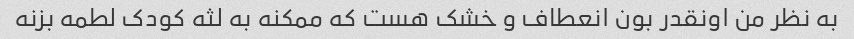
به نظر من اونقدر بون انعطاف و خشک هست که ممکنه به لثه کودک لطمه بزنه